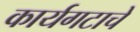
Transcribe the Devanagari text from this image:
कार्यगटाचे